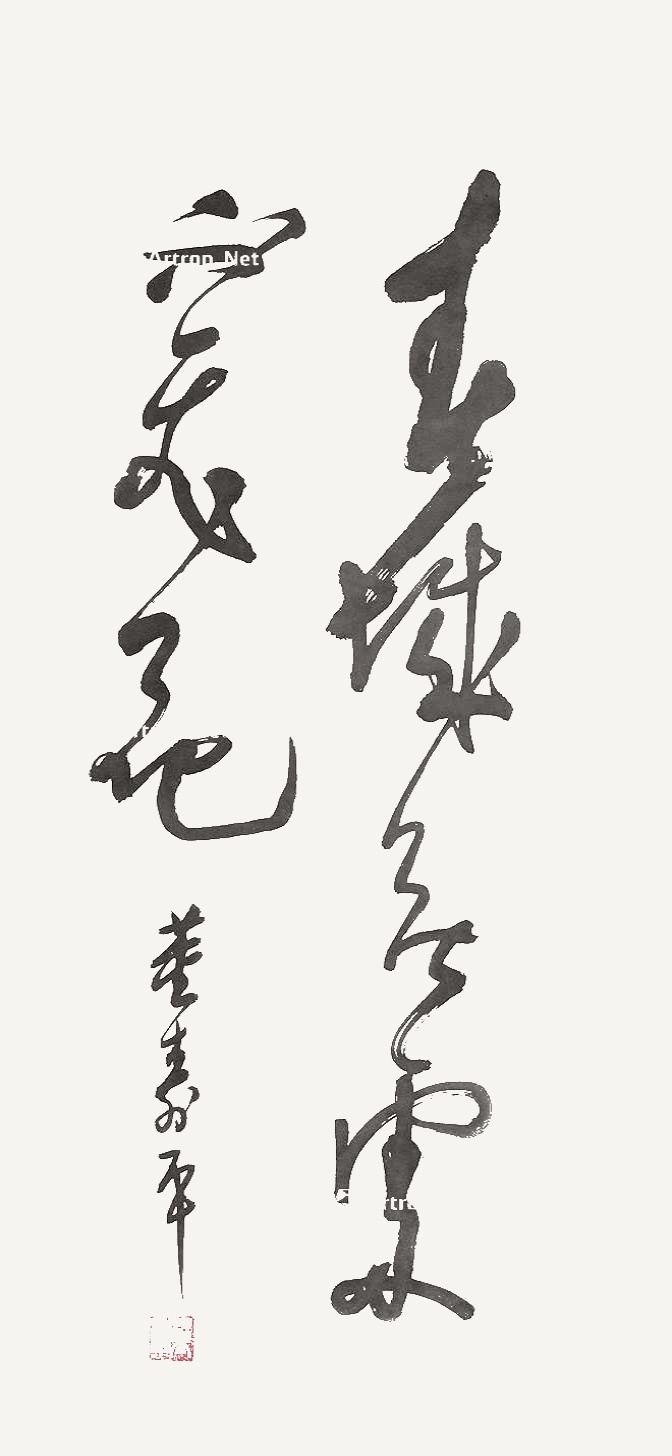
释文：春城无处不飞花。董寿平。